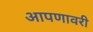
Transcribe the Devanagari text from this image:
आपणावरी